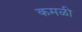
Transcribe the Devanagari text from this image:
कमळी